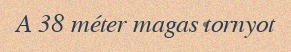
A 38 méter magas tornyot